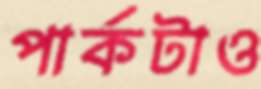
পার্কটাও